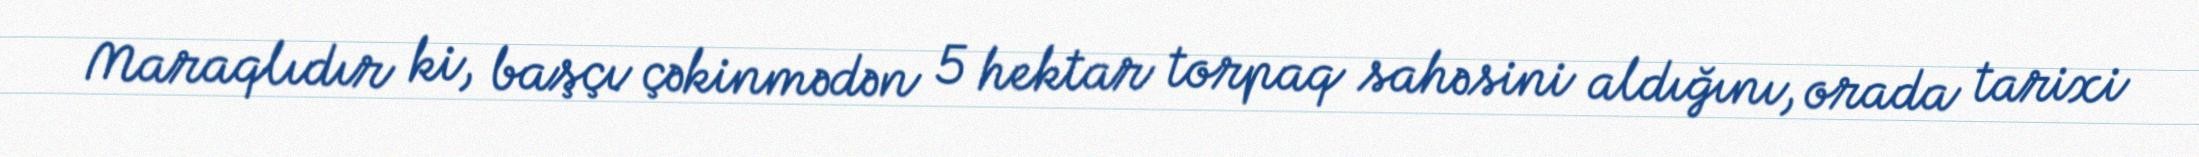
Maraqlıdır ki, başçı çəkinmədən 5 hektar torpaq sahəsini aldığını, orada tarixi